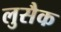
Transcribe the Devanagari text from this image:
लुसैक